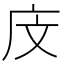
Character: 𪪍